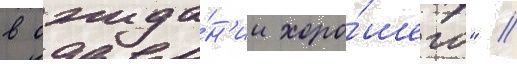
в ожида́н'ии хоро́шего" //